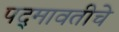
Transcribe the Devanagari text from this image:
पद्‍मावतीचे